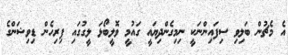
އެ މެޗުން ބަލިވި ސިފައިންނަކީ ނިމިގެންދިޔައީ ގައުމީ ވޮލީބޯޅަ ލީގުގައި ފިރިހެން ޑިވިޝަންގެ